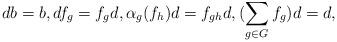
LaTeX: \begin{align*}db=b, df_g=f_gd, \alpha_g(f_h)d=f_{gh}d, (\sum_{g\in G}f_g)d=d,\end{align*}